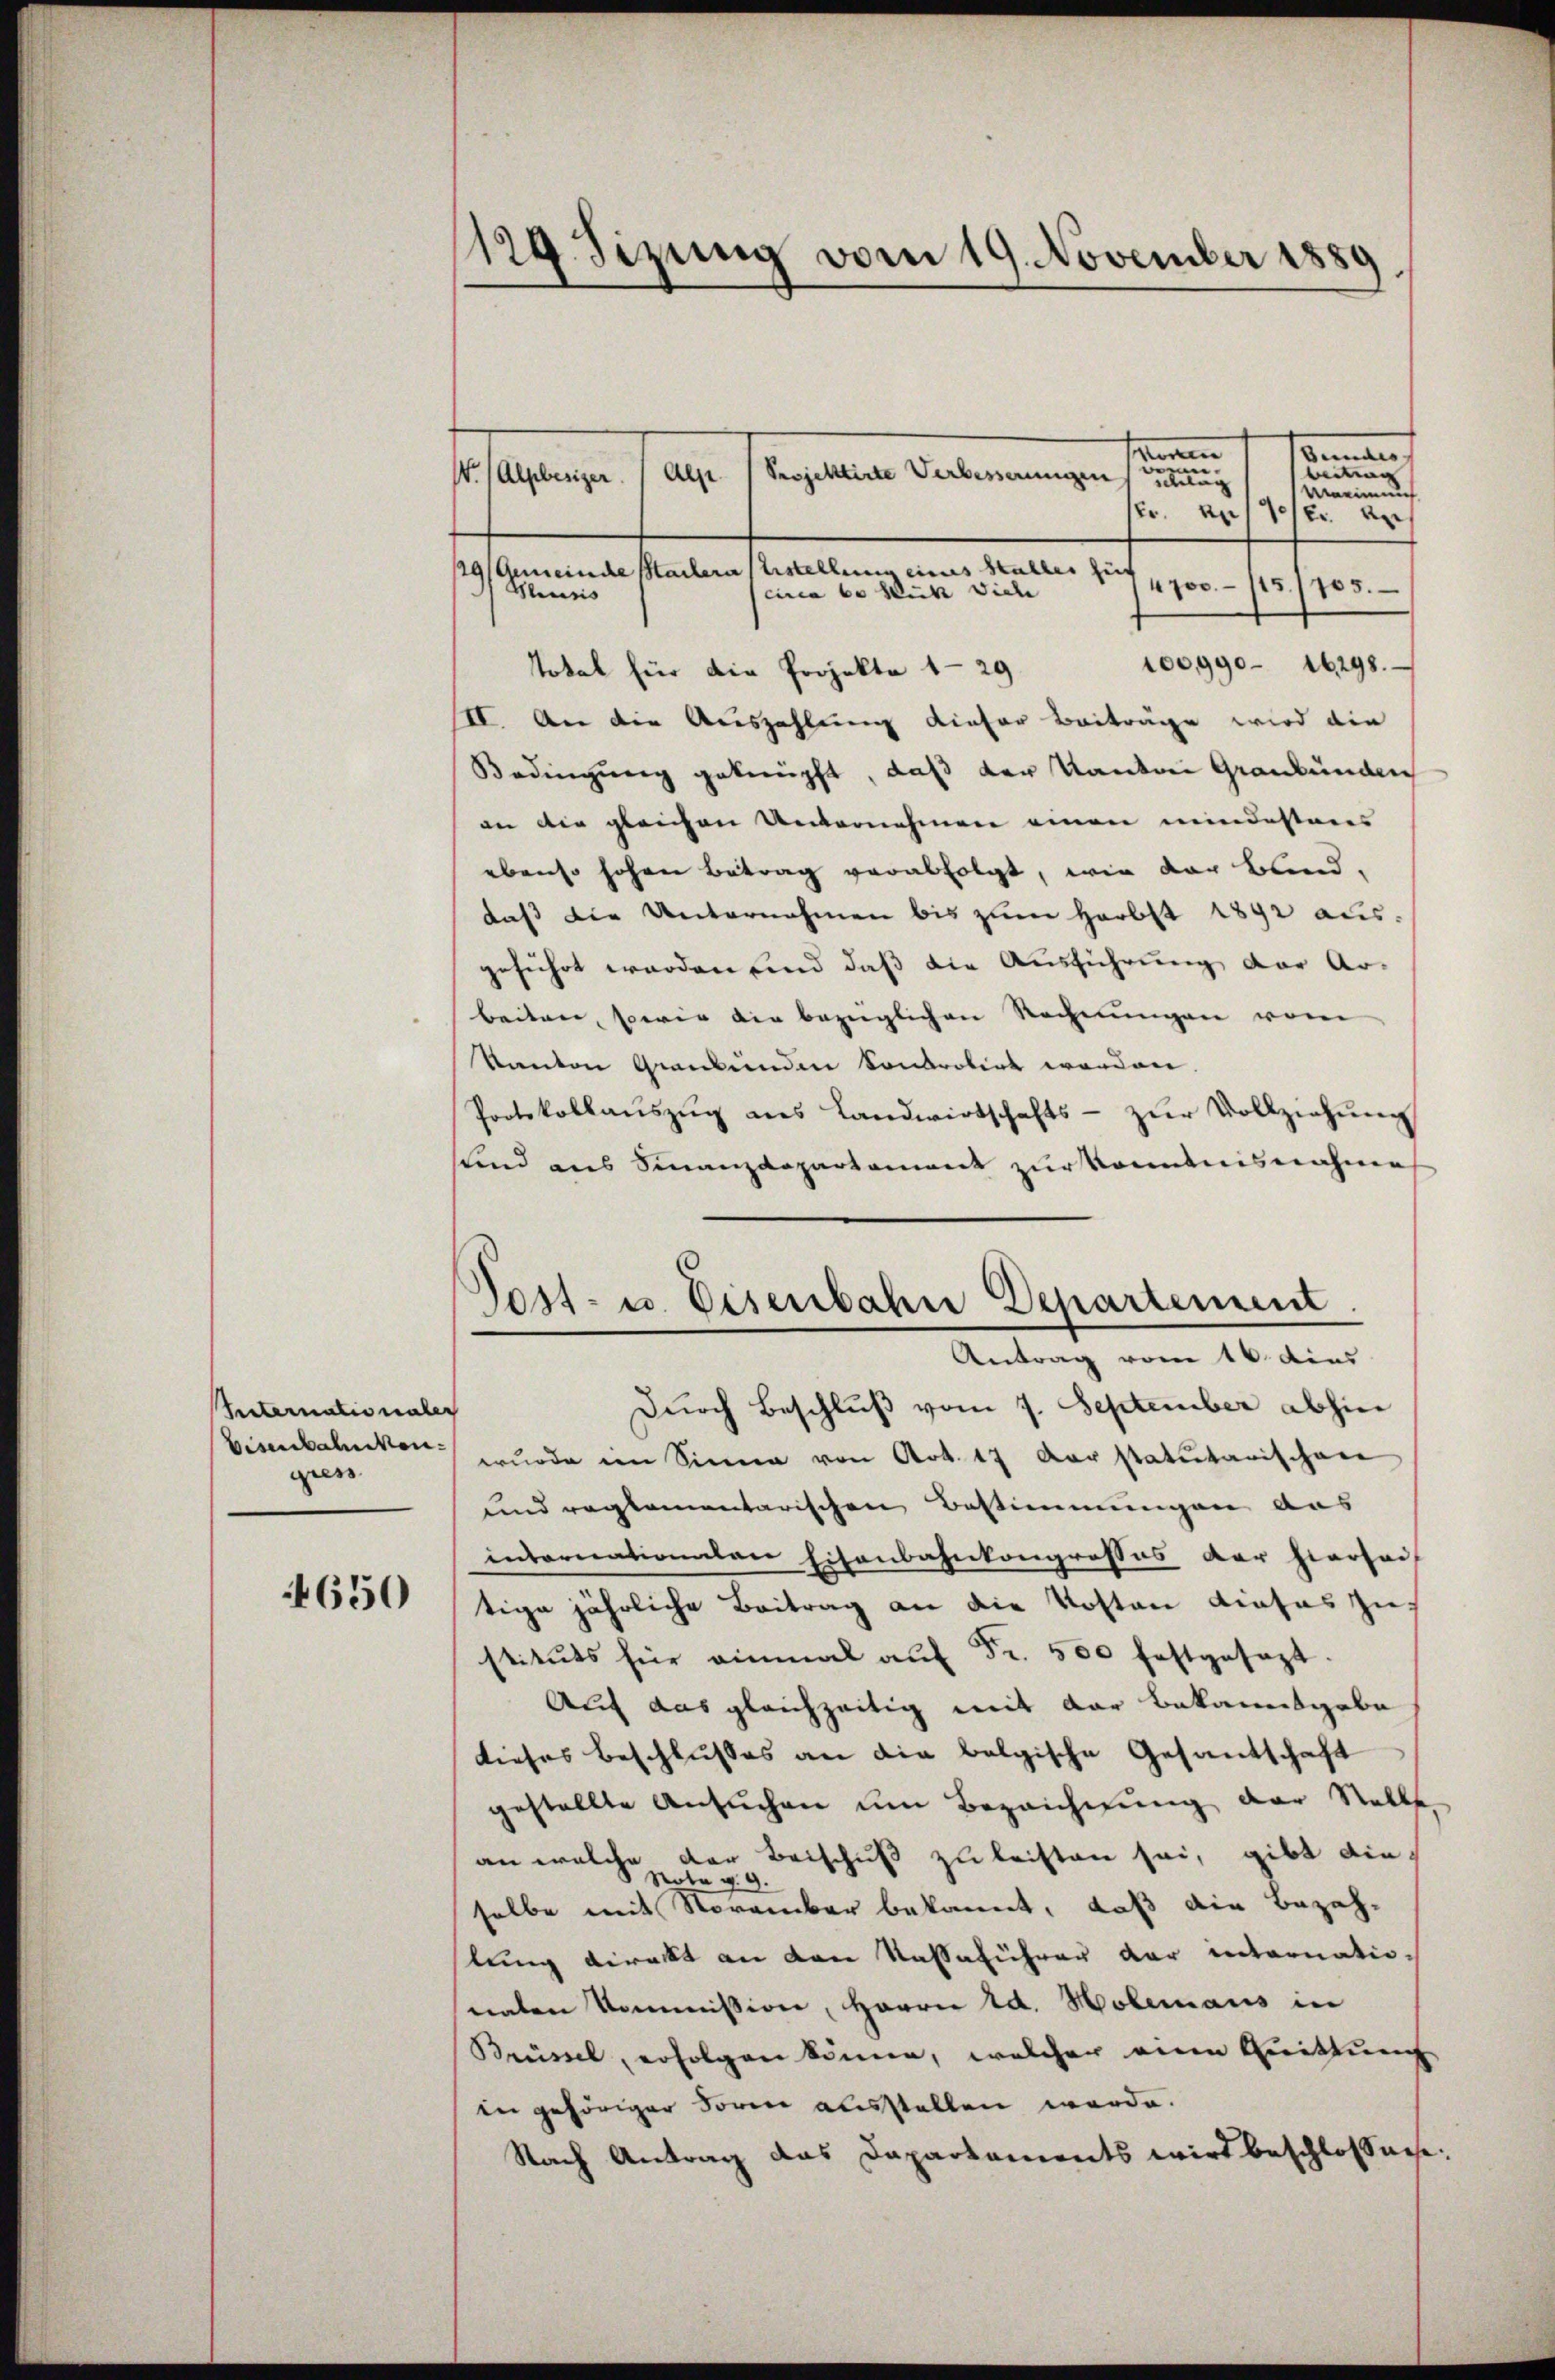
Veternationaler
Eisenbahnkongiess

650

129. Sizung vom 19. November 1889

waren
Bemer
beitrag
e
Projektirte Verbesserungen
Alse
so lange
g
Maeinung
kr. an 19/2 an
129/Gemeinde Sachern Erstellung eines Staller zu
4700.- 115/705.
circa 60 sich viele
Meusis
100,990. 16298.
Total für die Projekte 1-29
II. An die Auszahlung dieser Beiträge wird die
Bedingung geknüpft, daß der Kanton Graubünden
an die gleichen Unternehmen einen mindesteres
ebenso hohen Betrag verabfolgt, wie der blind.
daß die Unternahmen bis zum Herbst 1892 aus-
geführt worden und daß die Ausführung der Ar-
beiten, sowie die bezüglichen Rechnŭngen vom
kanton Graubünden konkrobirt worden.
Protokollaŭszŭg ans Landwirtschafts- zŭr Vollziehung
Kind aus Finanzdepartament zur konntnisnahme
Post- u. Eisenbahne Departement
Antrag vom 16. dies
Durch Beschluß vom 7. September abhin
wŭrde im Sinne von Art. 17 der statutarischen
und reglementarischen Bestimmungen aus
intornationalen Eisenbahnkongrosses der hiersei
tige jährliche Beitrag an die Kosten dietas zustituts für einmal aŭf Fr. 500 festgesezt.
Auf das gleichzeitig mit der Bekanntgaba
dieses Beschlusses an die belgische Gesandschaft
gestellte Ansuchen um Bezeichnung der Stelle
an welche der Beischuß zu leisten sei, gibt die
Tota
 9.
selbe mit November bekannt, daß die Bezahlung direkt an den Kassaführen der internationaten kommission, Herrn Ed. Moleraus in
Brüssel, erfolgen könne, welcher eine Quittung
in gehöriger Forme ausstellen werde.
Nach Antrag das Dapartaments wird beschlossnes: